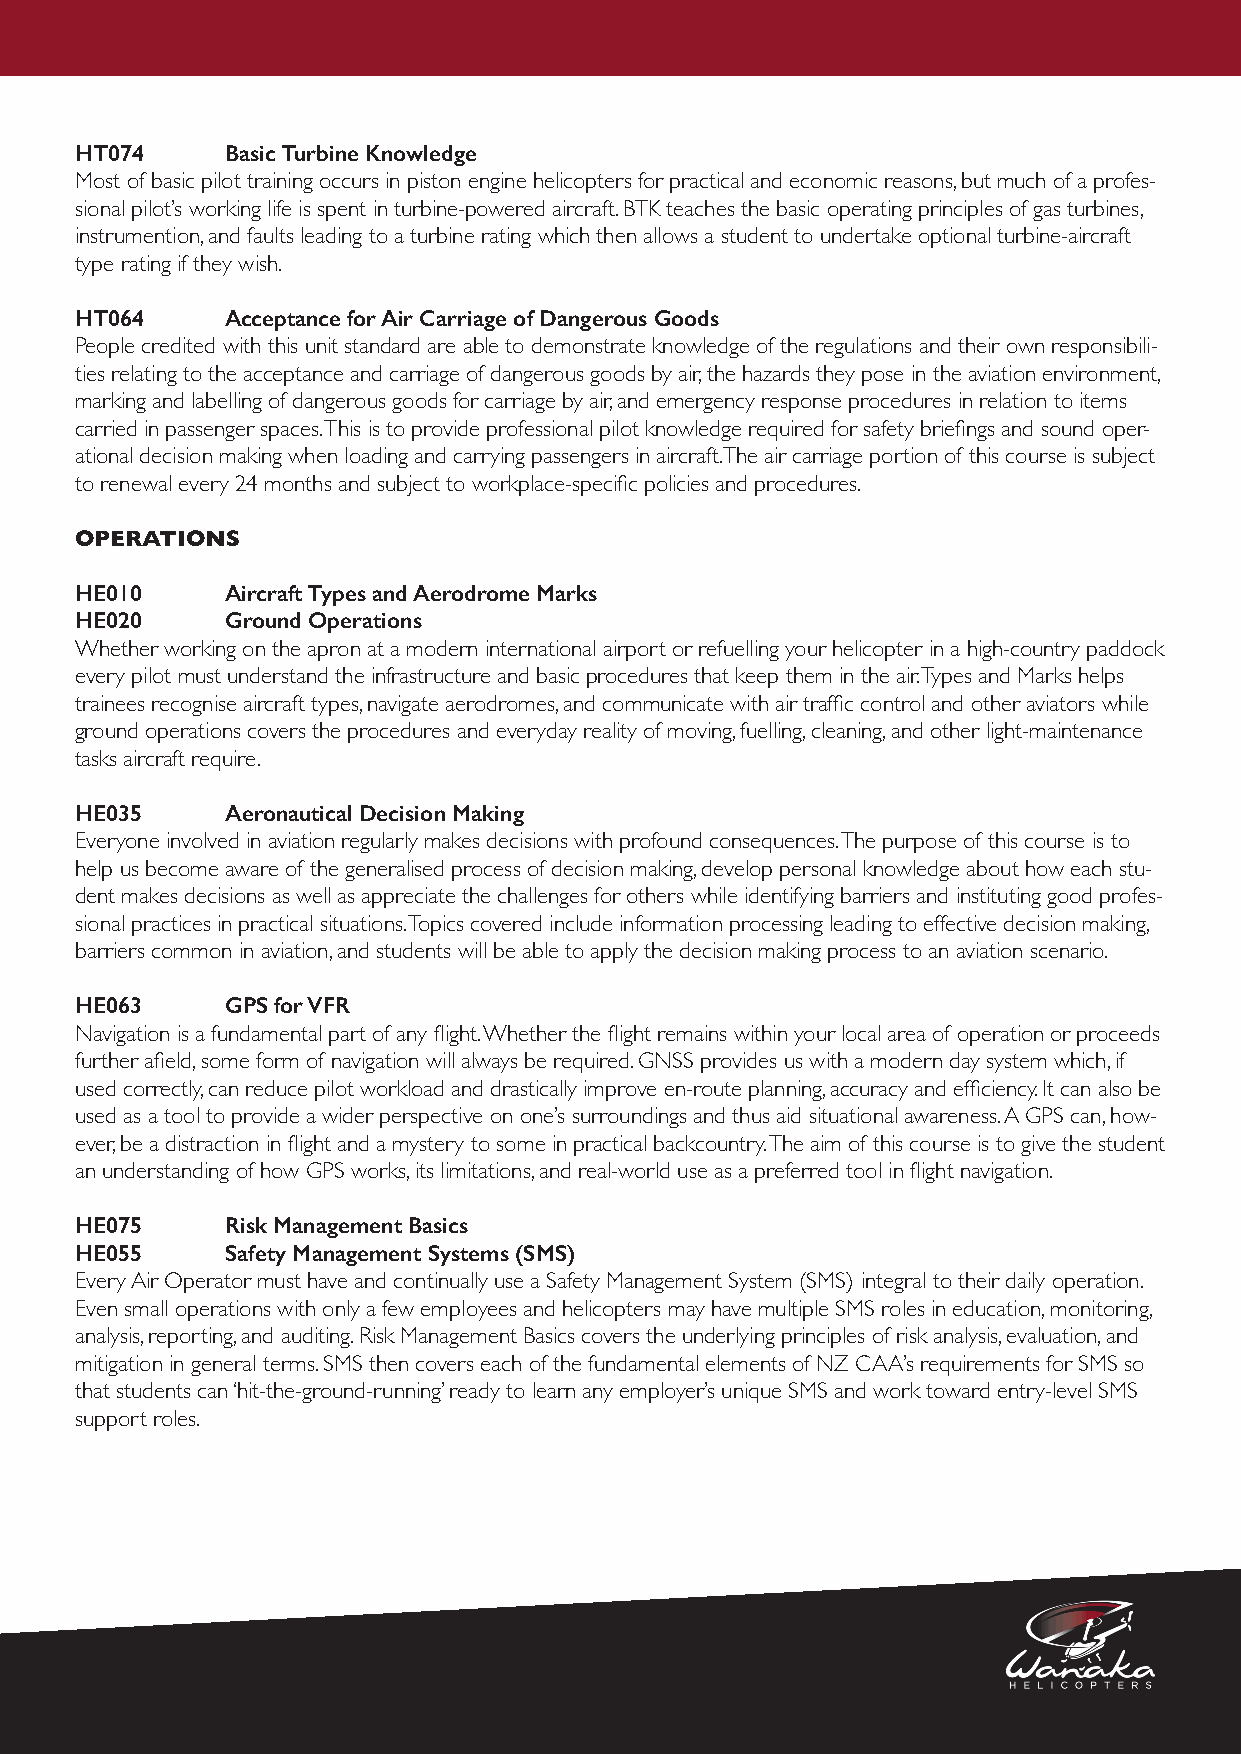
HT074     Basic Turbine Knowledge
 Most of basic pilot training occurs in piston engine helicopters for practical and economic reasons, but much of a profes-
 sional pilot’s working life is spent in turbine-powered aircraft. BTK teaches the basic operating principles of gas turbines,
 instrumention, and faults leading to a turbine rating which then allows a student to undertake optional turbine-aircraft
 type rating if they wish.
 HT064     Acceptance for Air Carriage of Dangerous Goods
 People credited with this unit standard are able to demonstrate knowledge of the regulations and their own responsibili-
 ties relating to the acceptance and carriage of dangerous goods by air, the hazards they pose in the aviation environment,
 marking and labelling of dangerous goods for carriage by air, and emergency response procedures in relation to items
 carried in passenger spaces. This is to provide professional pilot knowledge required for safety briefings and sound oper-
 ational decision making when loading and carrying passengers in aircraft.The air carriage portion of this course is subject
 to renewal every 24 months and subject to workplace-specific policies and procedures.
 OPERATIONS
 HE010     Aircraft Types and Aerodrome Marks
 HE020     Ground Operations
 Whether working on the apron at a modern international airport or refuelling your helicopter in a high-country paddock
 every pilot must understand the infrastructure and basic procedures that keep them in the air. Types and Marks helps
 trainees recognise aircraft types, navigate aerodromes, and communicate with air traffic control and other aviators while
 ground operations covers the procedures and everyday reality of moving, fuelling, cleaning, and other light-maintenance
 tasks aircraft require.
 HE035     Aeronautical Decision Making
 Everyone involved in aviation regularly makes decisions with profound consequences. The purpose of this course is to
 help us become aware of the generalised process of decision making, develop personal knowledge about how each stu-
 dent makes decisions as well as appreciate the challenges for others while identifying barriers and instituting good profes-
 sional practices in practical situations. Topics covered include information processing leading to effective decision making,
 barriers common in aviation, and students will be able to apply the decision making process to an aviation scenario.
 HE063     GPS for VFR
 Navigation is a fundamental part of any flight. Whether the flight remains within your local area of operation or proceeds
 further afield, some form of navigation will always be required. GNSS provides us with a modern day system which, if
 used correctly, can reduce pilot workload and drastically improve en-route planning, accuracy and efficiency. It can also be
 used as a tool to provide a wider perspective on one’s surroundings and thus aid situational awareness. A GPS can, how-
 ever, be a distraction in flight and a mystery to some in practical backcountry. The aim of this course is to give the student
 an understanding of how GPS works, its limitations, and real-world use as a preferred tool in flight navigation.
 HE075     Risk Management Basics
 HE055     Safety Management Systems (SMS)
 Every Air Operator must have and continually use a Safety Management System (SMS) integral to their daily operation.
 Even small operations with only a few employees and helicopters may have multiple SMS roles in education, monitoring,
 analysis, reporting, and auditing. Risk Management Basics covers the underlying principles of risk analysis, evaluation, and
 mitigation in general terms. SMS then covers each of the fundamental elements of NZ CAA’s requirements for SMS so
 that students can ‘hit-the-ground-running’ ready to learn any employer’s unique SMS and work toward entry-level SMS
 support roles.